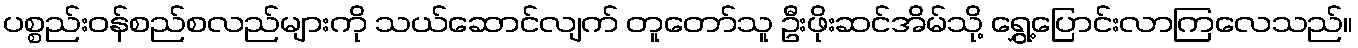
ပစ္စည်းဝန်စည်စလည်များကို သယ်ဆောင်လျက် တူတော်သူ ဦးဖိုးဆင်အိမ်သို့ ရွှေ့ပြောင်းလာကြလေသည်။